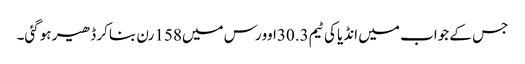
جس کے جواب میں انڈیا کی ٹیم30.3اوورس میں158رن بناکر ڈھیر ہوگئی۔